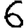
Digit: 6